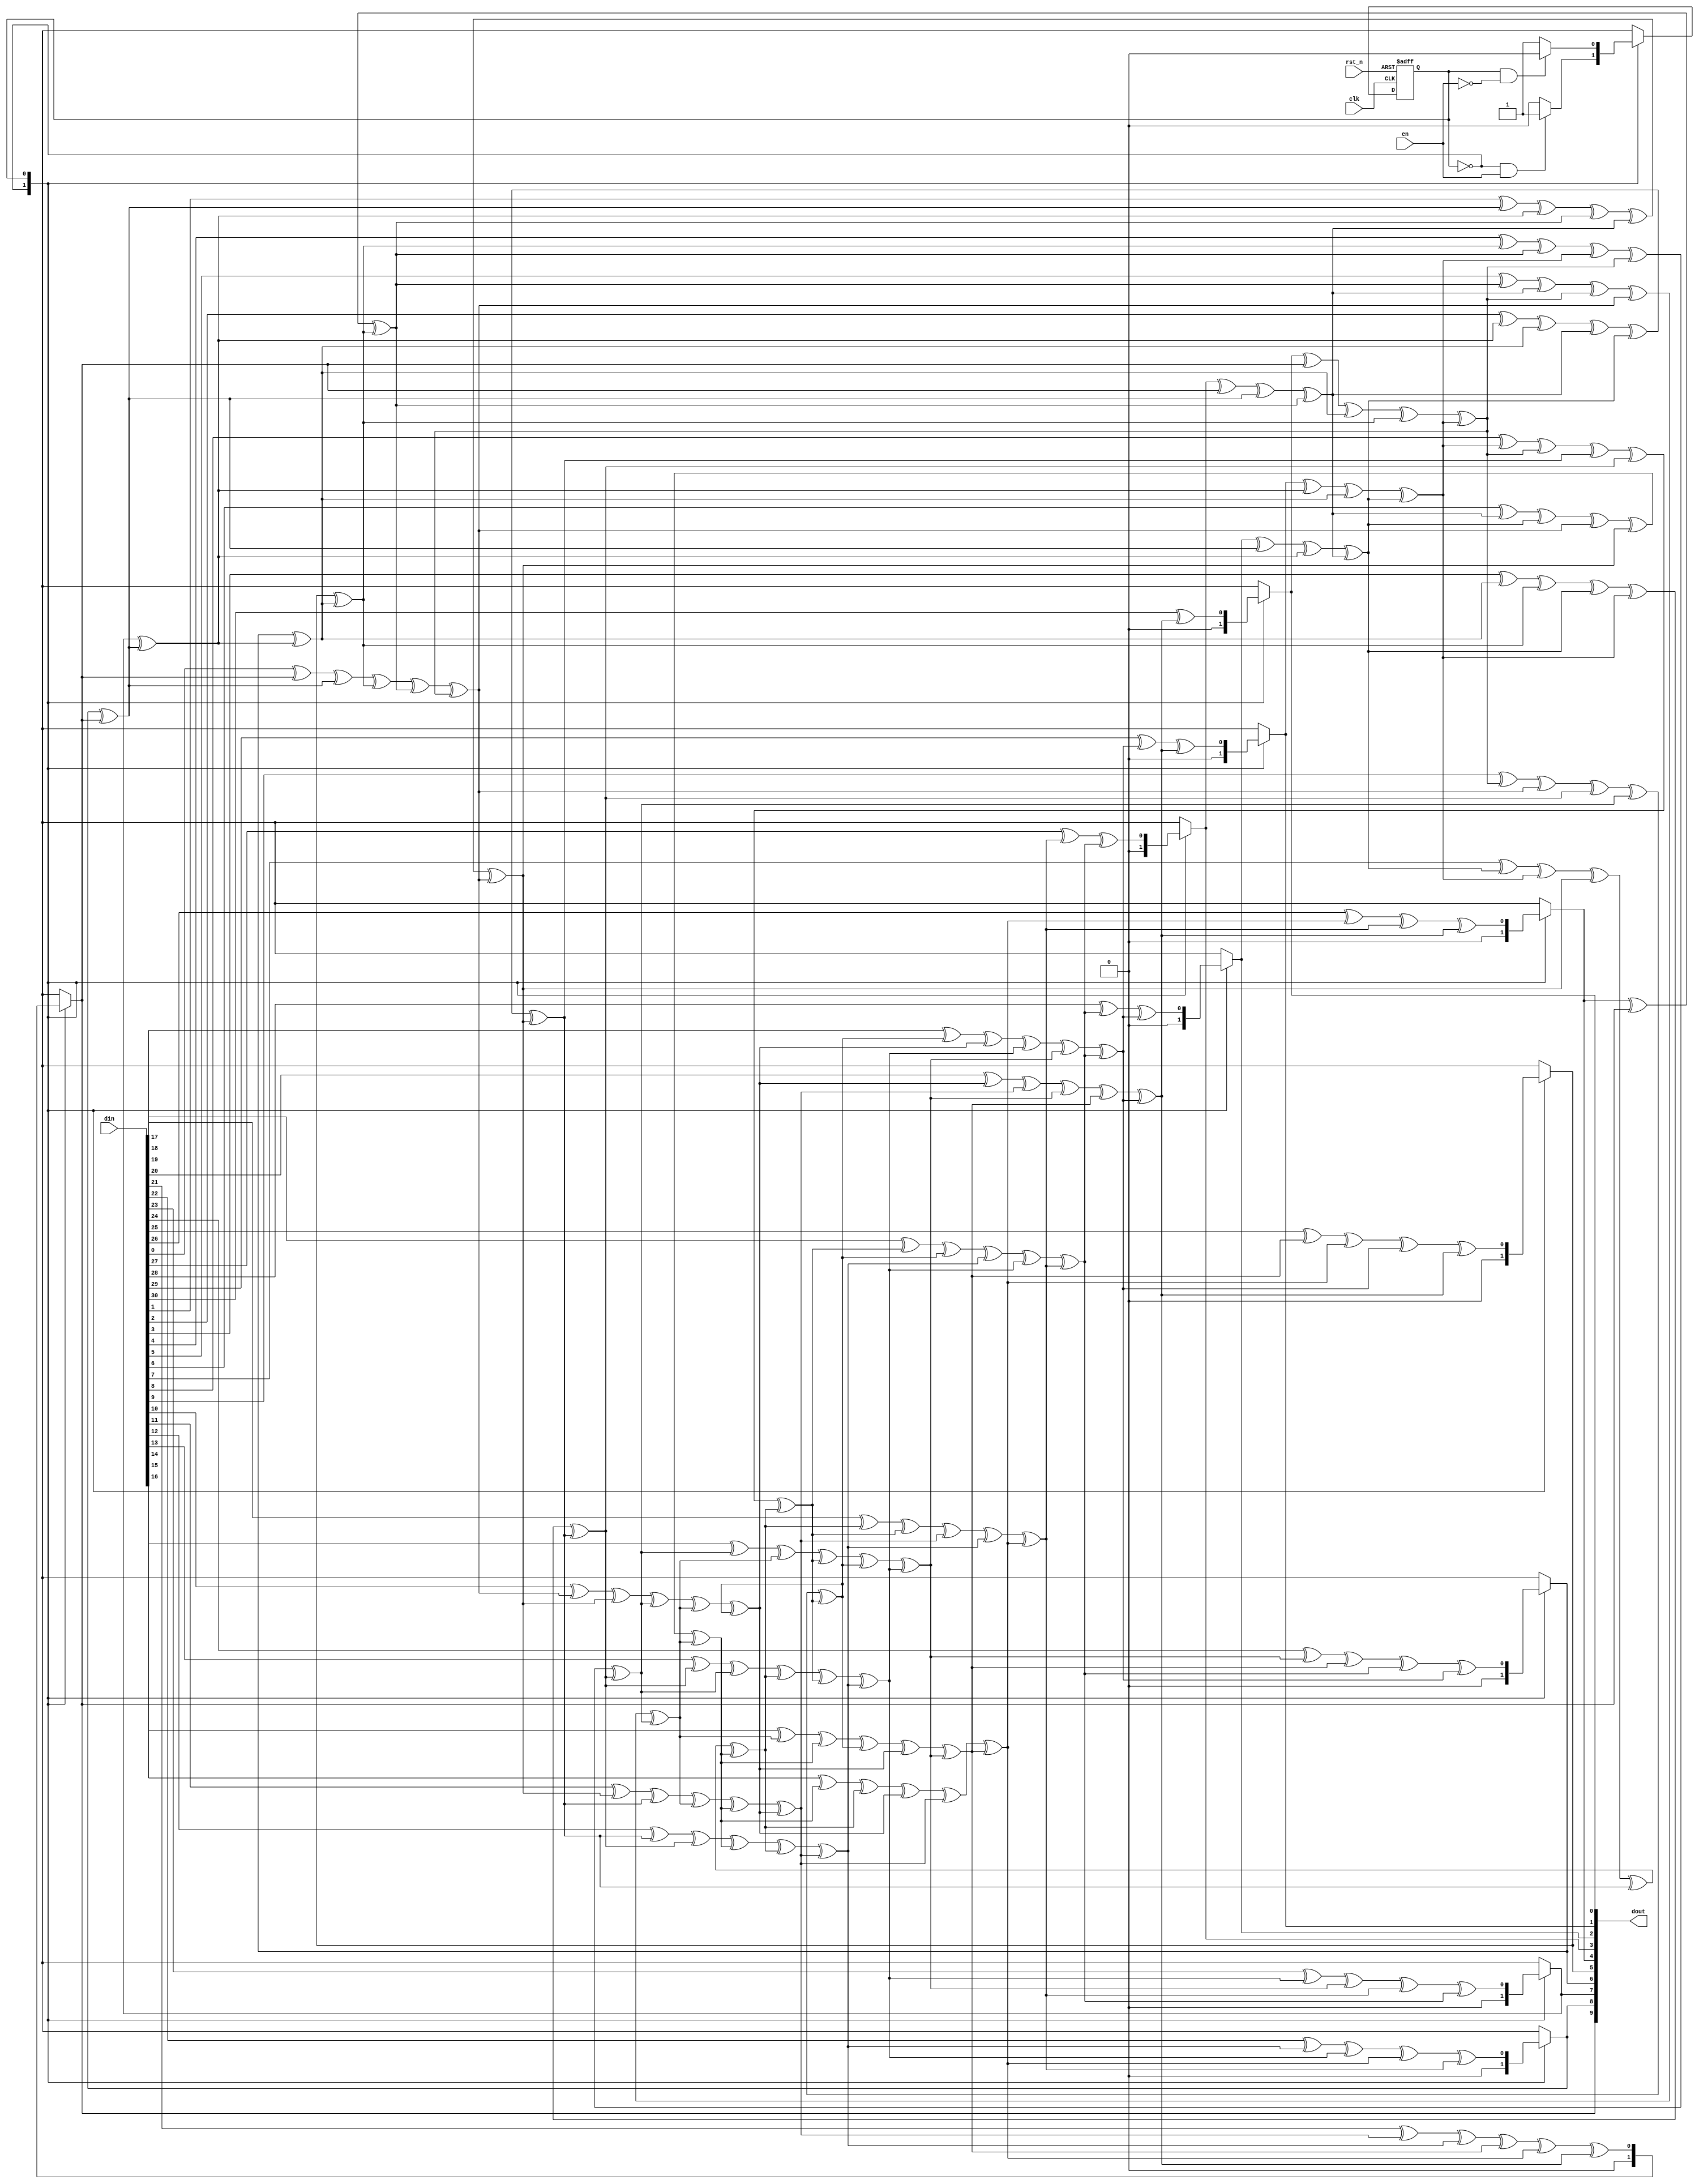
module crc(
    input clk,
    input rst_n,

    input en,
    input [31:0] din,
    output [9:0] dout
    );

reg [9:0] crc_reg;
reg crc_fb;
integer i;

// always @ (posedge clk or negedge rst_n) begin
//     if (!rst_n) begin
//         crc_reg <= 0;
//         crc_fb <= 0;
//     end
//     else if (en)
//         for (i = 0; i < 31; i = i + 1) begin
//             crc_fb = crc_reg[9];
//             crc_reg[9] = crc_reg[8] ^ crc_fb;
//             crc_reg[8] = crc_reg[7];
//             crc_reg[7] = crc_reg[6];
//             crc_reg[6] = crc_reg[5];
//             crc_reg[5] = crc_reg[4] ^ crc_fb;
//             crc_reg[4] = crc_reg[3] ^ crc_fb;
//             crc_reg[3] = crc_reg[2];
//             crc_reg[2] = crc_reg[1];
//             crc_reg[1] = crc_reg[0] ^ crc_fb;
//             crc_reg[0] = din[i] ^ crc_fb;
//         end
// end

assign dout = crc_reg;
/*
reg[9:0] crc_tmp;
reg init;
always @ (posedge clk or negedge rst_n) begin
    if (!rst_n) begin
        crc_reg <= 0;
        init <= 0;
    end
    else if (en)
        crc_reg <= crc_tmp;
end

always @ (*) begin
    if (en) begin
        if (!init) begin
            init = 1;
            crc_tmp = 0;
            crc_fb = 0;
        end
        for (i = 0; i < 31; i = i + 1) begin
            crc_fb = crc_tmp[9];
            crc_tmp[9] = crc_tmp[8] ^ crc_fb;
            crc_tmp[8] = crc_tmp[7];
            crc_tmp[7] = crc_tmp[6];
            crc_tmp[6] = crc_tmp[5];
            crc_tmp[5] = crc_tmp[4] ^ crc_fb;
            crc_tmp[4] = crc_tmp[3] ^ crc_fb;
            crc_tmp[3] = crc_tmp[2];
            crc_tmp[2] = crc_tmp[1];
            crc_tmp[1] = crc_tmp[0] ^ crc_fb;
            crc_tmp[0] = din[i] ^ crc_fb;
        end
    end
    else
        init = 0;
end
*/

parameter IDLE = 1'd0, COMPUTE = 1'd1;
reg state_c, state_n;

always @ (posedge clk or negedge rst_n) begin
    if (!rst_n) begin
        state_c<= IDLE;
    end
    else begin
        state_c <= state_n;
    end
end

always @ (*) begin
    (* full_case = 1, parallel_case = 1 *)
    case(state_c)
        IDLE: begin
            if (i2c_start) begin
                state_n = COMPUTE;
            end
            else begin
                state_n = state_c;
            end
        end
        COMPUTE: begin
            if (c2i_start) begin
                state_n = IDLE;
            end
            else begin
                state_n = state_c;
            end
        end
        default: begin
            state_n = IDLE;
        end
    endcase
end
assign i2c_start = state_c == IDLE && en;
assign c2i_start = state_c == COMPUTE && !en;

always @ (*) begin
    case(state_c)
        IDLE: begin
            crc_reg = 0;
            crc_fb = 0;
        end
        COMPUTE:
            for (i = 0; i < 31; i = i + 1) begin
                crc_fb = crc_reg[9];
                crc_reg[9] = crc_reg[8] ^ crc_fb;
                crc_reg[8] = crc_reg[7];
                crc_reg[7] = crc_reg[6];
                crc_reg[6] = crc_reg[5];
                crc_reg[5] = crc_reg[4] ^ crc_fb;
                crc_reg[4] = crc_reg[3] ^ crc_fb;
                crc_reg[3] = crc_reg[2];
                crc_reg[2] = crc_reg[1];
                crc_reg[1] = crc_reg[0] ^ crc_fb;
                crc_reg[0] = din[i] ^ crc_fb;
            end
        default: ;
    endcase
end

endmodule